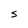
Character: S